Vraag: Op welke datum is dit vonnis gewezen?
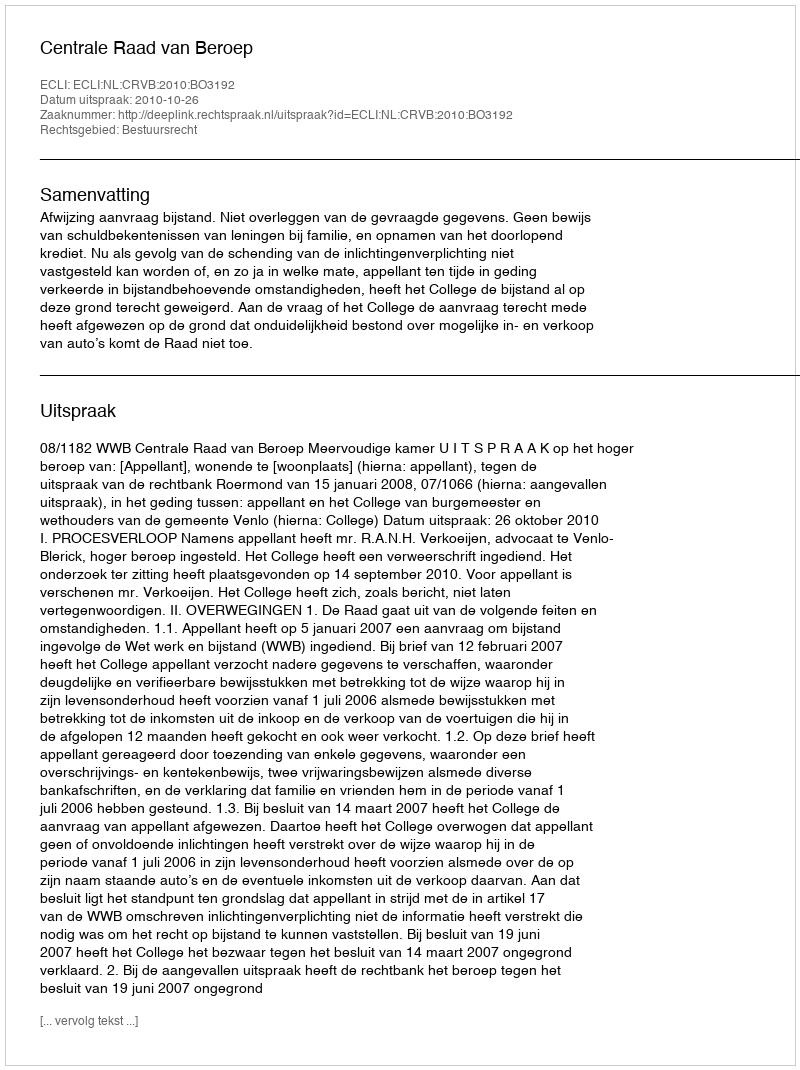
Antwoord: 2010-10-26